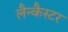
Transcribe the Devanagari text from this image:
लैन्कैस्टर